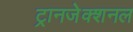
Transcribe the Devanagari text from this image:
ट्रानजेक्शनल